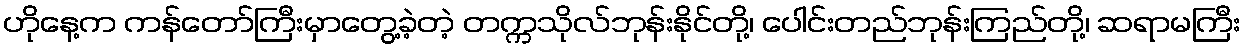
ဟိုနေ့က ကန်တော်ကြီးမှာတွေ့ခဲ့တဲ့ တက္ကသိုလ်ဘုန်းနိုင်တို့၊ ပေါင်းတည်ဘုန်းကြည်တို့၊ ဆရာမကြီး